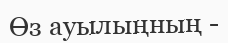
Өз ауылыңның -